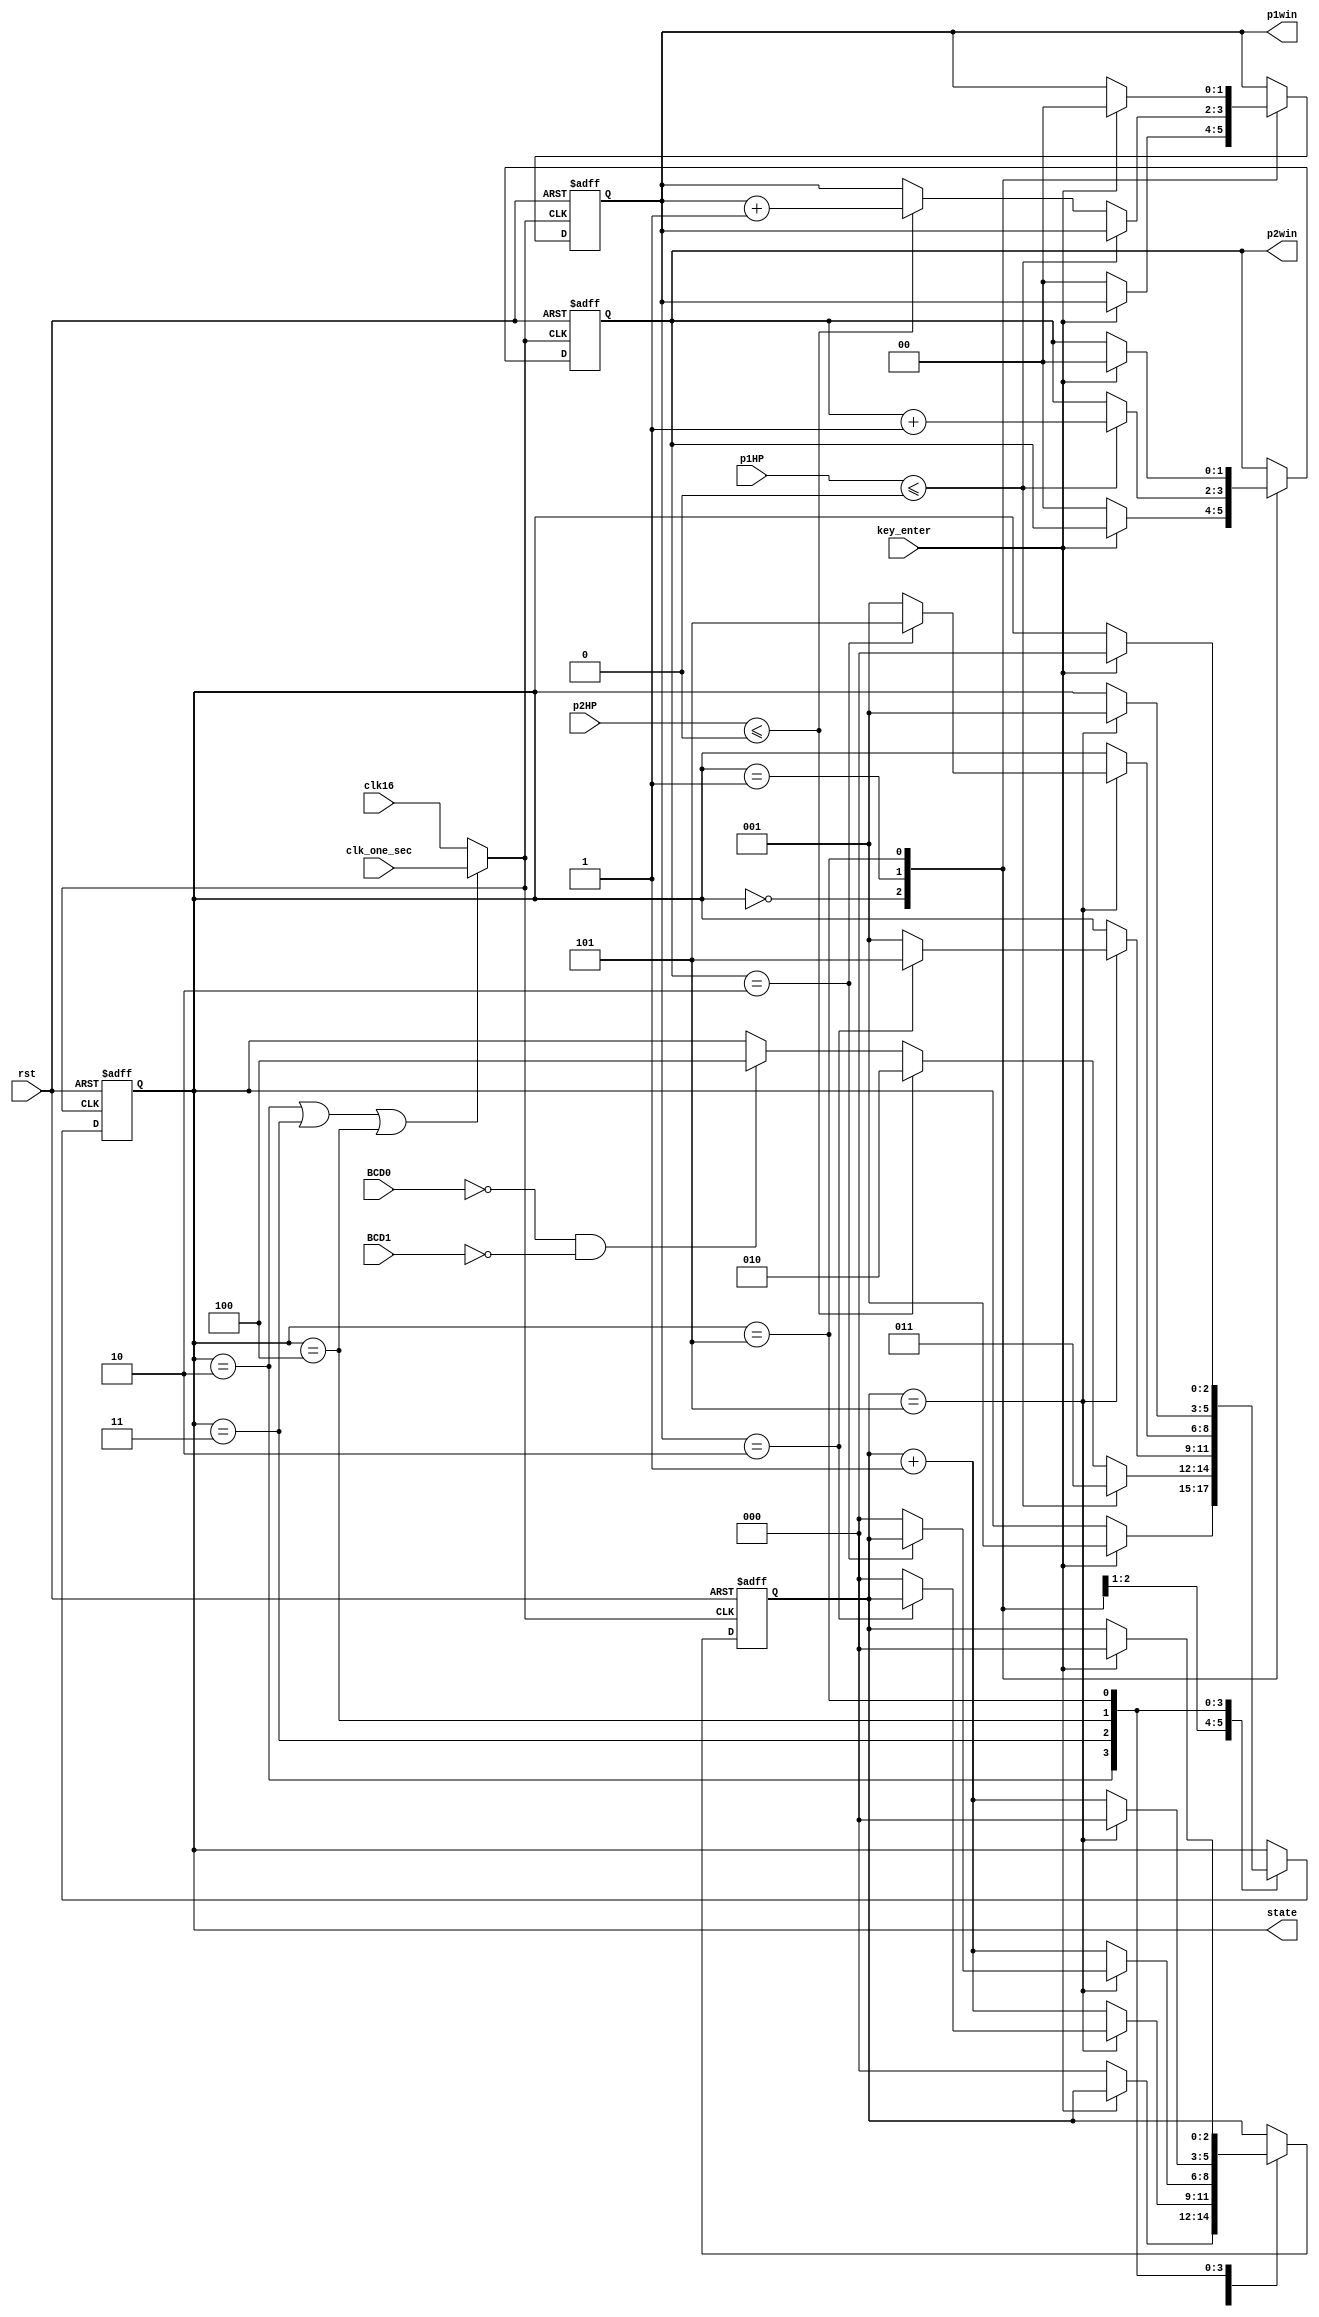
module GameFSM (
	input clk16,
	input clk_one_sec,
	input rst,
	input key_enter,
	input [7:0] p1HP,
	input [7:0] p2HP,
	input [3:0] BCD0,
	input [3:0] BCD1,
	output reg [1:0] p1win,
	output reg [1:0] p2win,
	output reg [2:0] state
);

parameter [2:0] MENU  = 3'b000;
parameter [2:0] GAME  = 3'b001;
parameter [2:0] P1WIN = 3'b010;
parameter [2:0] P2WIN = 3'b011;
parameter [2:0] TIE   = 3'b100;
parameter [2:0] PIONT = 3'b101;

reg [2:0] next_state;
reg [2:0] count, next_count;
reg [1:0] next_p1win, next_p2win;

wire clk;

assign clk = (state == P1WIN || state == P2WIN || state == TIE) ? clk_one_sec : clk16;

always @(posedge clk, posedge rst) begin
	if (rst) begin
		state <= MENU;
		count <= 0;
		p1win <= 0;
		p2win <= 0;
	end else begin
		state <= next_state;
		count <= next_count;
		p1win <= next_p1win;
		p2win <= next_p2win;
	end
end

always @(*) begin
	case (state)
		MENU:
			if (key_enter) begin
				next_state = GAME;
				next_count = count;
				next_p1win = p1win;
				next_p2win = p2win;
			end else begin
				next_state = state;
				next_count = 0;
				next_p1win = 0;
				next_p2win = 0;
			end
		GAME:
			if (p1HP <= 0) begin
				next_state = P2WIN;
				next_count = count;
				next_p1win = p1win;
				next_p2win = p2win + 1;
			end else if (p2HP <= 0) begin
				next_state = P1WIN;
				next_count = count;
				next_p1win = p1win + 1;
				next_p2win = p2win;
			end else if (BCD0 == 0 && BCD1 == 0) begin
				next_state = TIE;
				next_count = count;
				next_p1win = p1win;
				next_p2win = p2win;
			end else begin
				next_state = state;
				next_count = count;
				next_p1win = p1win;
				next_p2win = p2win;
			end 
		P1WIN:
			if (count == 5) begin
				if (p1win == 2) begin
					next_state = PIONT;
					next_count = count;
					next_p1win = p1win;
					next_p2win = p2win;
				end else begin
					next_state = GAME;
					next_count = 0;
					next_p1win = p1win;
					next_p2win = p2win;
				end
			end else begin
				next_state = state;
				next_count = count + 1;
				next_p1win = p1win;
				next_p2win = p2win;
			end
		P2WIN:
			if (count == 5) begin
				if (p2win == 2) begin
					next_state = PIONT;
					next_count = count;
					next_p1win = p1win;
					next_p2win = p2win;
				end else begin
					next_state = GAME;
					next_count = 0;
					next_p1win = p1win;
					next_p2win = p2win;
				end
			end else begin
				next_state = state;
				next_count = count + 1;
				next_p1win = p1win;
				next_p2win = p2win;
			end
		TIE:
			if (count == 5) begin
				next_state = GAME;
				next_count = 0;
				next_p1win = p1win;
				next_p2win = p2win;
			end else begin
				next_state = state;
				next_count = count + 1;
				next_p1win = p1win;
				next_p2win = p2win;
			end
		PIONT:
			if (key_enter) begin
				next_state = MENU;
				next_count = 0;
				next_p1win = 0;
				next_p2win = 0;
			end else begin
				next_state = state;
				next_count = count;
				next_p1win = p1win;
				next_p2win = p2win;
			end
		default: begin
			next_state = state;
			next_count = count;
			next_p1win = p1win;
			next_p2win = p2win;
		end
	endcase
end

endmodule